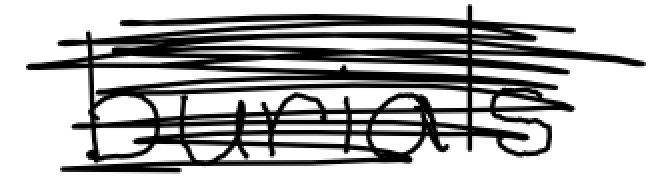
Text: burials
Cross-out: scratch
Writing tool: digital_black